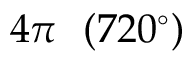
4 \pi \ \ ( 7 2 0 ^ { \circ } )